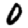
Digit: 0